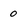
Character: 0